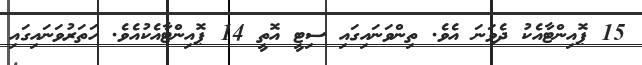
15 ޕޮއިންޓާއެކު ދެވަނަ އެވެ. ތިންވަނައިގައި ސިޓީ އޮތީ 14 ޕޮއިންޓާއެކުއެވެ. ހަތަރުވަނައިގައި